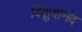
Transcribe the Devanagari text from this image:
विशुदानंद